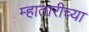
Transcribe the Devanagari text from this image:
म्हातारीच्या